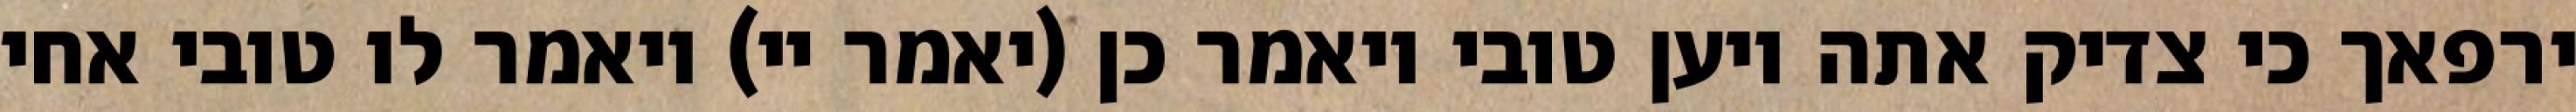
ירפאך כי צדיק אתה ויען טובי ויאמר כן (יאמר יי) ויאמר לו טובי אחי